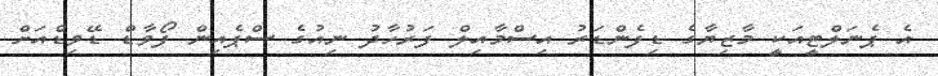
އެ ޕެނަލްޓީއަކީ މާޒިޔާގެ ޑިފެންޑަރު އިސްމާއިލް ފަރުހާދު ނިއުގެ ސްޕެއިން ފޯވާޑް ޑޭވިޑްއަށް